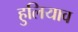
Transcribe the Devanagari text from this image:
हुलियाव